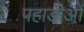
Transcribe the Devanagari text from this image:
पहाडीओं